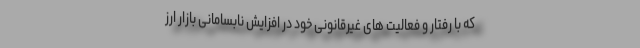
که با رفتار و فعالیت های غیرقانونی خود در افزایش نابسامانی بازار ارز